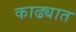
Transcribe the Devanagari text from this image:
काढ्यात